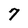
Character: 7